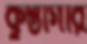
কুস্তীগীর